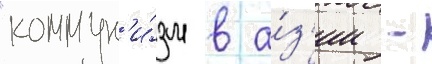
"коммун'и́зм в а́з'ии -